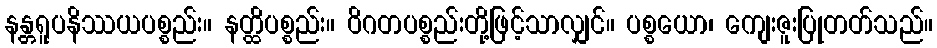
နန္တရူပနိဿယပစ္စည်း။ နတ္ထိပစ္စည်း။ ဝိဂတပစ္စည်းတို့ဖြင့်သာလျှင်။ ပစ္စယော၊ ကျေးဇူးပြုတတ်သည်။